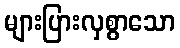
များပြားလှစွာသော